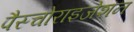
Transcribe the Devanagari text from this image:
पैस्चोराइजेशन